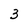
Character: 3